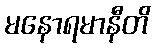
မနောရမာနီတိ